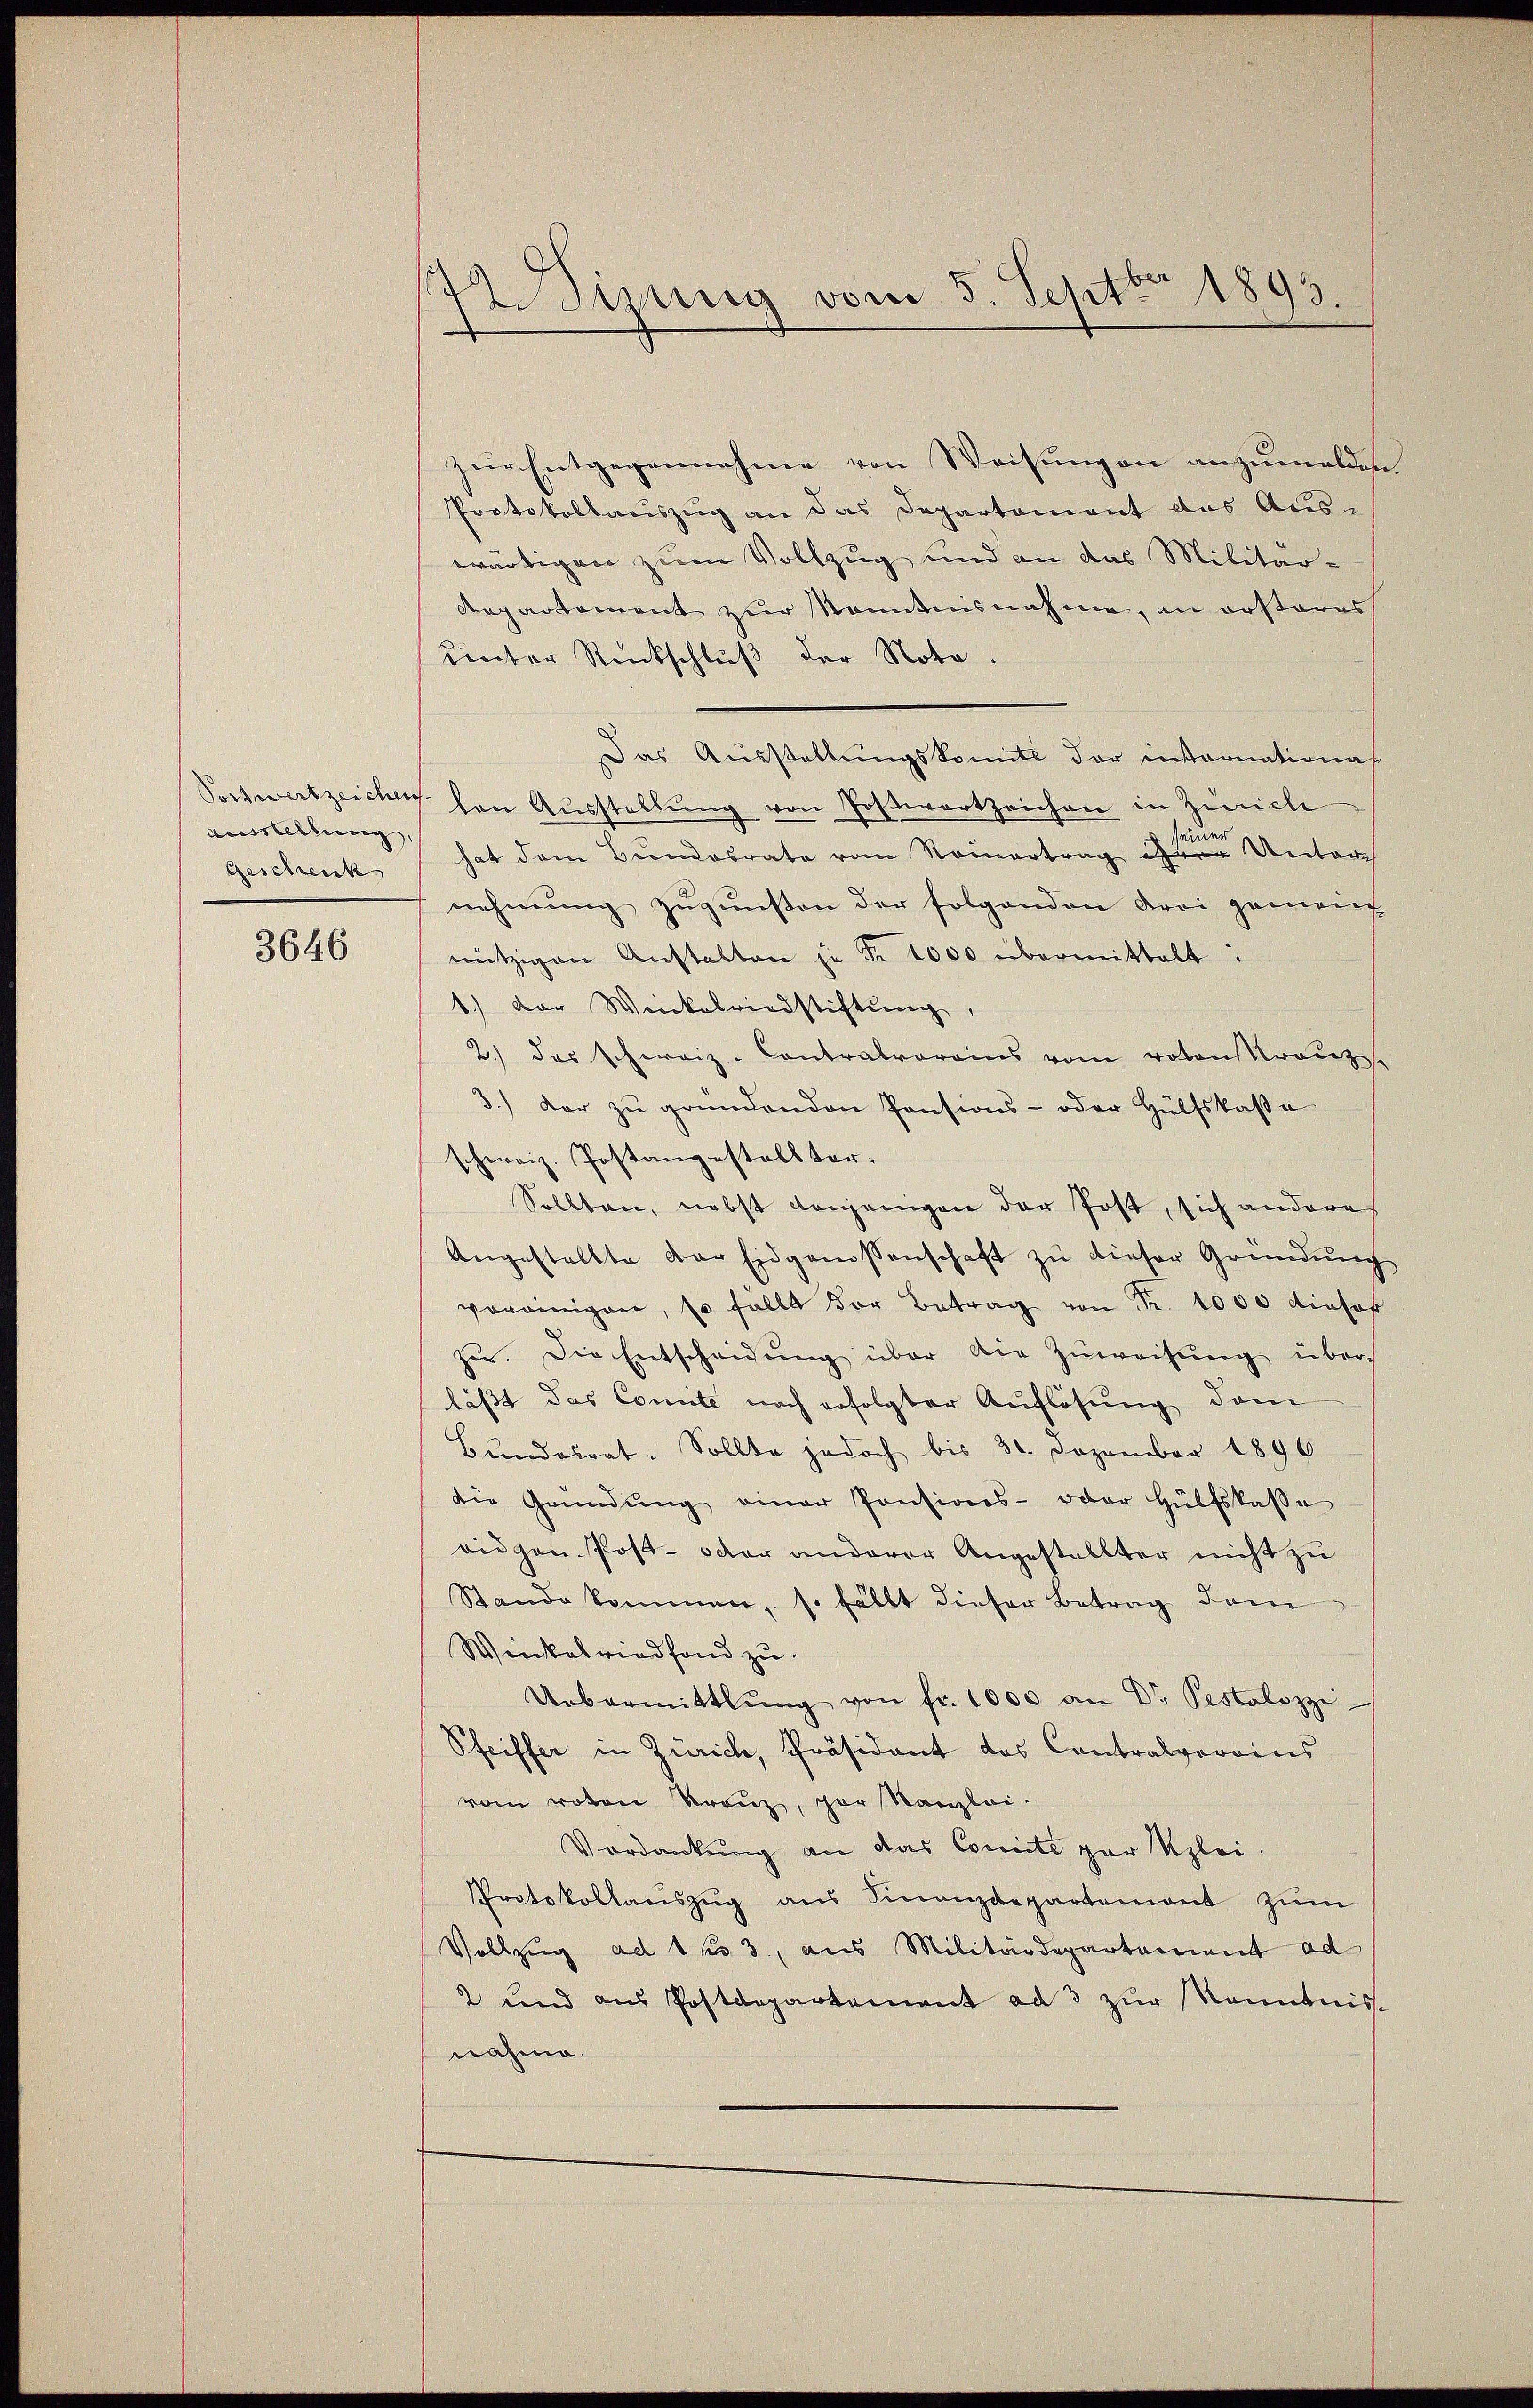
Postwertzeichen
Ausstellung,
Gescheick

3646

zur Entgegennahme von Weisungen anzumelden
Protokollauszug an das Departement das Aus-
wärtigen zum Vollzug und an das Militär-
Repartement zur Kenntnisnahme, an ersteres
unter Rückschluß der Nota.
Das Ausstellungskomite der internationas
ten Ausstellung von Postwortzeichen in Zürich
s seine
hat dem Bundesrate vom Reinertrag ihrer Unterch
nehmung zugunsten der folgenden drei gemac
nützigen Anstalten je Fr. 1000 übermittelt.
1.) Der Wickabriedstiftung,
2.) das schweiz. Contralvereins vom roten Kranz.
3.) Der zŭ gründenden Pensions- oder Hülfskassa
schweiz. Postangestellter-
Sollten, nebst denjenigen der Post, sich andere
Angestellte der Eidgenossenschaft zu dieser Gründung
vonnigen, so fällt der Betrag von Fr. 1000 dieser
zu. Die Entscheidŭng über die Zuweisung über
läßt das Comite noch erfolgter Auflösung dem
Bundesrat. Sollte jedoch bis 30. Dezember 1896
die Gründŭng einer Pensions- oder Hülfskasse
ridgen. Post- oder anderer Angestallter nicht zu
Stande kommen, so fällt dieser Betrag dem
Weikelriedfond zu
Uebermittlung von fr. 1000 an Dr. Pestalozzi
Pfeiffer in Zürich, Präsident des Contralvoroines
vom roten Kranz, zur Kanzlei-
Vordankung an das Comité par Klei¬
Protokollaŭszŭg aŭs Finanzdepartement zŭm
Vollzug ad 13, aus Militärdepartement ad
2 und aus Postdepartement ad 3 zur Kenntnisnahme.

Wdizung vom 5. Septbr 1893.